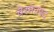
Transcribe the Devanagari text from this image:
चेरमनपद